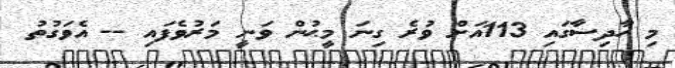
މި ހާދިސާގައި 113އަށް ވުރެ ގިނަ މީޙުން ވަނީ މަރުވެފައި -- އެވަގުތު